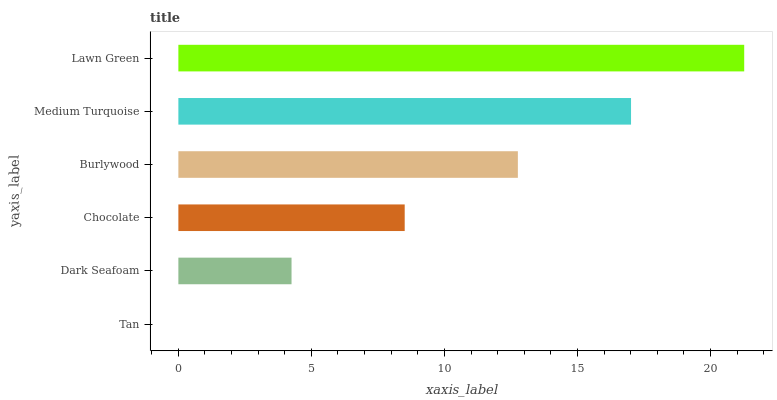
| yaxis_label | bars |
 | --- | --- |
 | Tan | 0 |
 | Dark Seafoam | 4.25 |
 | Chocolate | 8.51 |
 | Burlywood | 12.8 |
 | Medium Turquoise | 17 |
 | Lawn Green | 21.3 |